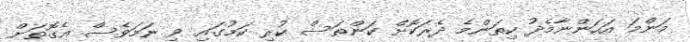
މަންމަ އަހަންނާމެދު ކިތަންމެ ދެރަކޮށް ކަންތަސް ކުރި ކަމުގައި ވި ނަމަވެސް އެގޮތަށް